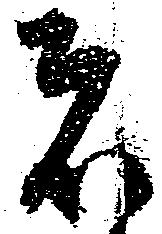
者